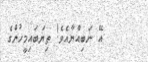
އޭ ނަބިއްޔާއެވެ! ތިޔަބައިމީހުންގެ